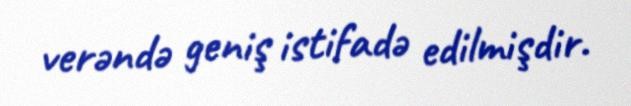
verəndə geniş istifadə edilmişdir.